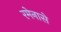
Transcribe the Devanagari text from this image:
रमेनासे